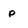
Character: P